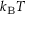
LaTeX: k _ { \mathrm { B } } T